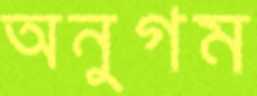
অনুগম